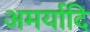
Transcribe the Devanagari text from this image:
अमर्यादि